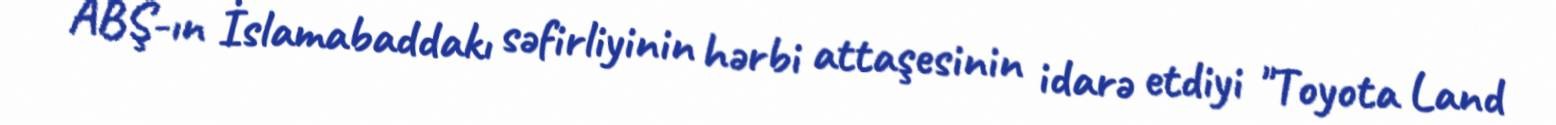
ABŞ-ın İslamabaddakı səfirliyinin hərbi attaşesinin idarə etdiyi "Toyota Land